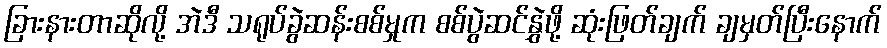
ခြားနားတာဆိုလို့ အဲဒီ သရုပ်ခွဲဆန်းစစ်မှုက စစ်ပွဲဆင်နွှဲဖို့ ဆုံးဖြတ်ချက် ချမှတ်ပြီးနောက်